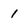
Character: 1